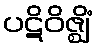
ပဋိဝိဇ္ဈိံ